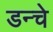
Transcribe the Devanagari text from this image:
डन्चे